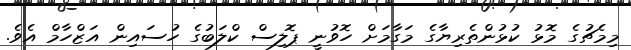
މިމެޗުގެ މޮޅު ކުޅުންތެރިޔާގެ މަގާމަށް ހޮވުނީ ޕޮލިސް ކްލަބުގެ ހުސައިން އަޒްހާމް އެވެ.